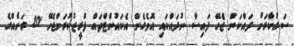
ސަރުކާރަށް ދައްކަން ޖެހޭ ފައިސާ ނުދައްކައި އޮވެގެން އެކައުންޓްތައް ފްރީޒުކުރަންޖެހޭ 20 ރަށެއްގެ